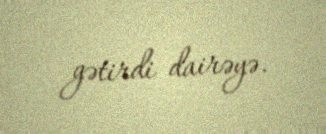
gətirdi dairəyə.